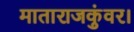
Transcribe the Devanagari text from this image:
माताराजकुंवर।